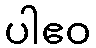
ပါဧဝ